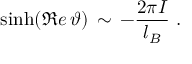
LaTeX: \sinh ( \Re e \, \vartheta ) \, \sim \, - \frac { 2 \pi I } { l _ { B } } \, \, .